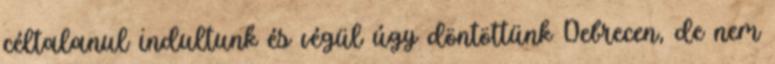
céltalanul indultunk és végül úgy döntöttünk Debrecen, de nem